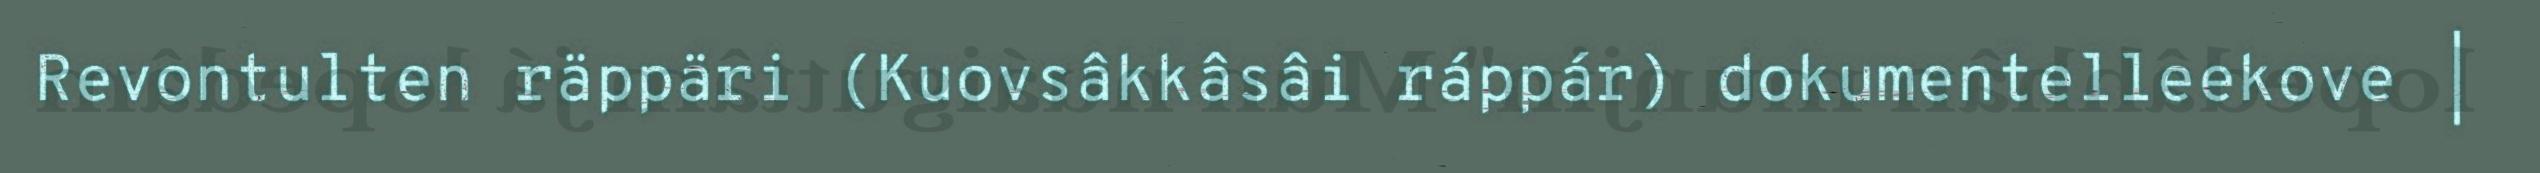
Revontulten räppäri (Kuovsâkkâsâi ráppár) dokumentelleekove |